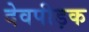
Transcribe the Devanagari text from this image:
देवपीड़क